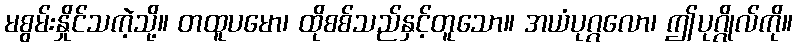
မစွမ်းနှိုင်သကဲ့သို့။ တထူပမော၊ ထိုစစ်သည်နှင့်တူသော။ အယံပုဂ္ဂလော၊ ဤပုဂ္ဂိုလ်ကို။